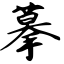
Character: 摹